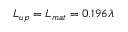
L _ { u p } = L _ { m a t } = 0 . 1 9 6 \lambda